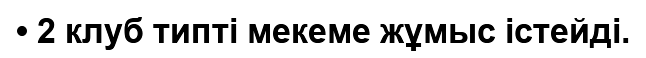
• 2 клуб типті мекеме жұмыс істейді.